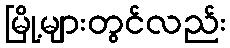
မြို့များတွင်လည်း